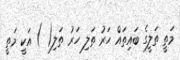
މަތީ ތަލީގެ ބައިތައް ހަރު ތަލި ހަރު ތަލި( ) އަކީ މަތީ